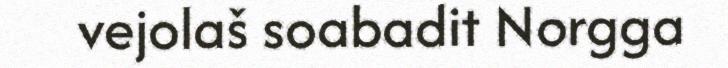
vejolaš soabadit Norgga